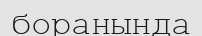
боранында